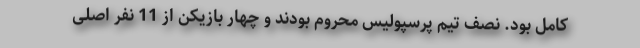
کامل بود. نصف تیم پرسپولیس محروم بودند و چهار بازیکن از 11 نفر اصلی